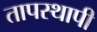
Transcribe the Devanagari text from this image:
तापस्थापी